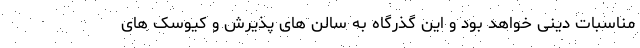
مناسبات دینی خواهد بود و این گذرگاه به سالن های پذیرش و کیوسک های